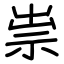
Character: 祟